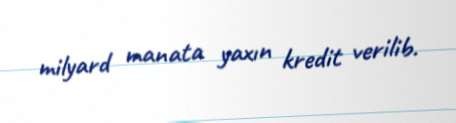
milyard manata yaxın kredit verilib.